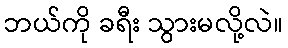
ဘယ်ကို ခရီး သွားမလို့လဲ။